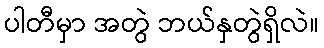
ပါတီမှာ အတွဲ ဘယ်နှတွဲရှိလဲ။